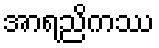
အာရညိကဿ